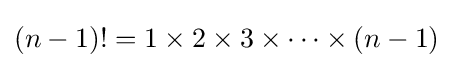
(n-1)!=1\times 2\times 3\times \cdots \times (n-1)